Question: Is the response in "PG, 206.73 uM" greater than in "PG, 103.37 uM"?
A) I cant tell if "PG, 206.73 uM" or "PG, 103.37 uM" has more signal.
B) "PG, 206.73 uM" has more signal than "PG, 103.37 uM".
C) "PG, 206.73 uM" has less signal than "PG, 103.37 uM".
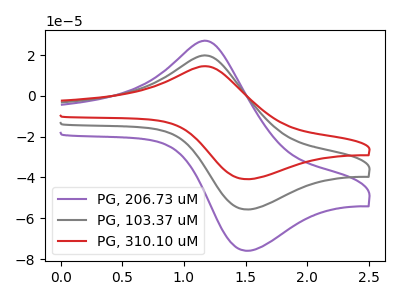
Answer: <think>The purple curve "PG, 206.73 uM" has an anodic peak at (1.20V, 26.70uA) and a cathodic peak at (1.50V, -75.95uA). The gray curve "PG, 103.37 uM" has an anodic peak at (1.20V, 19.60uA) and a cathodic peak at (1.50V, -55.70uA). The red curve "PG, 310.10 uM" has an anodic peak at (1.20V, 39.20uA) and a cathodic peak at (1.50V, -111.45uA).
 All the peaks in "PG, 206.73 uM" have a peak in "PG, 103.37 uM" at the same potential. Every peak in "PG, 206.73 uM" is higher than every peak in "PG, 103.37 uM".</think>
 <answer>B) "PG, 206.73 uM" has more signal than "PG, 103.37 uM".</answer>
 <eval>B</eval>